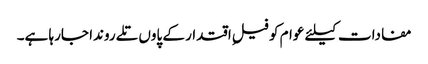
مفادات کیلئے عوام کو فیلِ اقتدار کے پاوں تلے روندا جارہا ہے۔